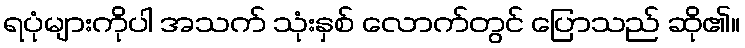
ရပုံများကိုပါ အသက် သုံးနှစ် လောက်တွင် ပြောသည် ဆို၏။